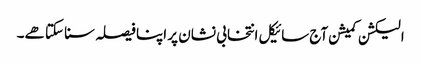
الیکشن کمیشن آج سائیکل انتخابی نشان پر اپنا فیصلہ سنا سکتا هے۔